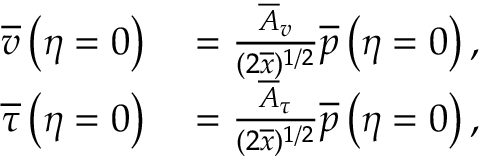
\begin{array} { r l } { \overline { { v } } \left( \eta = 0 \right) } & { { } = \frac { \overline { { A } } _ { v } } { ( 2 \overline { { x } } ) ^ { 1 / 2 } } \overline { { p } } \left( \eta = 0 \right) , } \\ { \overline { { \tau } } \left( \eta = 0 \right) } & { { } = \frac { \overline { { A } } _ { \tau } } { ( 2 \overline { { x } } ) ^ { 1 / 2 } } \overline { { p } } \left( \eta = 0 \right) , } \end{array}